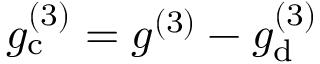
g _ { \mathrm { c } } ^ { ( 3 ) } = g ^ { ( 3 ) } - g _ { \mathrm { d } } ^ { ( 3 ) }